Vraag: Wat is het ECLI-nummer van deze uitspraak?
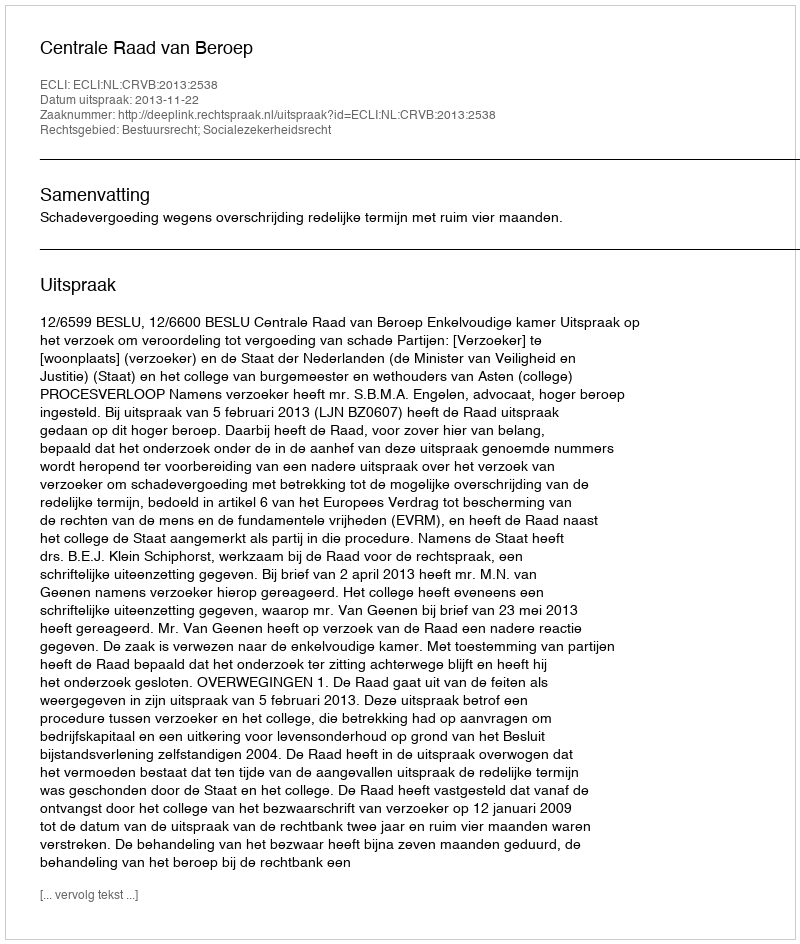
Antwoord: ECLI:NL:CRVB:2013:2538